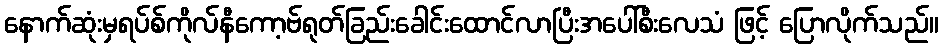
နောက်ဆုံးမှရပ်စ်ကိုလ်နီကော့ဗ်ရုတ်ခြည်းခေါင်းထောင်လာပြီးအပေါ်စီးလေသံ ဖြင့် ပြောလိုက်သည်။